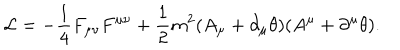
{ \cal L } = - \frac { 1 } { 4 } F _ { \mu \nu } F ^ { \mu \nu } + \frac { 1 } { 2 } m ^ { 2 } ( A _ { \mu } + \partial _ { \mu } \theta ) ( A ^ { \mu } + \partial ^ { \mu } \theta ) .